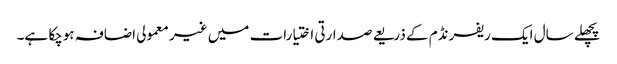
پچھلے سال ایک ریفرنڈم کے ذریعے صدارتی اختیارات میں غیر معمولی اضافہ ہوچکا ہے۔